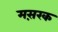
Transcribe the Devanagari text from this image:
मस़रक